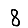
Digit: 8